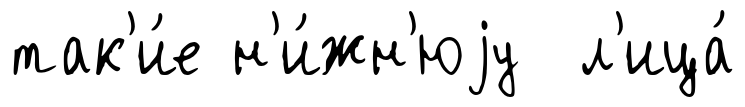
так'и́е н'и́жн'юjу л'ица́